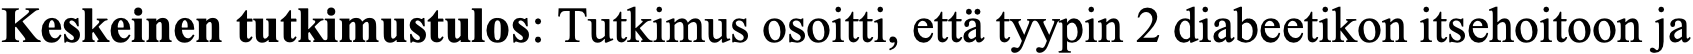
Keskeinen tutkimustulos: Tutkimus osoitti, että tyypin 2 diabeetikon itsehoitoon ja